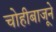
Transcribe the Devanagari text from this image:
चोहीबाजूने